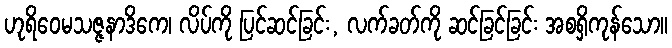
ဟုရိဝေမသဇ္ဇနာဒိကေ၊ လိပ်ကို ပြင်ဆင်ခြင်း, လက်ခတ်ကို ဆင်ခြင်ခြင်း အစရှိကုန်သော။